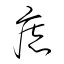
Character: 痣